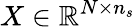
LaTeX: X\in\mathbb{R}^{N\times n_{s}}